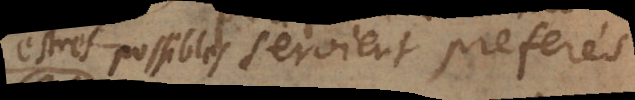
estres possibles seroient preferés